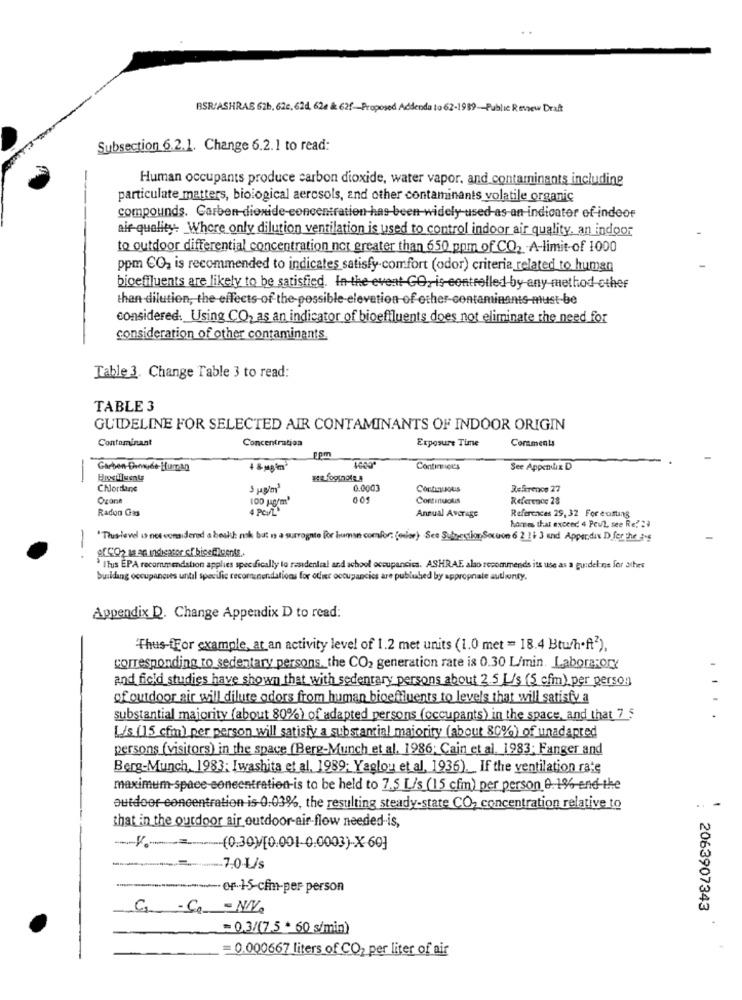
BSR/ASHRAE 62b. 62c, 62d, 62e & 62f-Proposed Addenda to 62-1989-Public Review Draft
Subsection 6.2.1. Change 6.2.1 to read:
-
Human occupants produce carbon dioxide, water vapor, and contaminants including
particulate matters, biological aerosols, and other contaminants volatile organic
compounds. Carbon dioxide-concentration has-been widely used-as-an indicator of indoor
air-quality. Where only dilution ventilation is used to control indoor air quality, an indoor
to outdoor differential concentration not greater than 650 ppm of CO2 -A-limit-of 1000
ppm CO2 is recommended to indicates satisfy-comfort (odor) criteria related to human
bioeffluents are likely to be satisfied. In-the event GO, is-controlled by any method ether
than dilution, the effects of the possible-elevation of other-contaminants-must be
considered. Using CO, as an indicator of bioeffluents does not eliminate the need for
consideration of other contaminants
Table 3. Change Table 3 to read:
TABLE 3
GUIDELINE FOR SELECTED AIR CONTAMINANTS OF INDOOR ORIGIN
Contaminant
Concentration
Exposure Time
Comments
ppm
Garben Donnée Human
Continous
See Appendix D
-
Chlordane
0.0003
Reference 27
Ogan
100 Jag'm'
005
Reference 28
Radon Gas
4 PeyL'
Annual Average
References 29, 32 For existing
hannes that exceed 4 Peut see Re? ??
"Thus-level 1 not considered a boukh nok but is a surrogate For human comfor: [olor) See Sulnestion Souon 6 2 11 3 and Apper.dix D. for the ass
..
"ITus EPA recommendation applies specifically lo residential and school occupancies. ASHRAE, also recommends its use as a guideline for atbes
building occupaneves until specific recordunendations for oder occupancies are publuhed by appropnale authority.
Appendix D. Change Appendix D to read:
Thus-fFor example, at an activity level of 1.2 met units (1.0 met = 18.4 Btufh-ft2),
corresponding to sedentary persons, the CO2 generation rate is 0.30 L/min. Laborarory
and field studies have shown that with sedentary persons about 2.5 L/s (5 cfm). per person
of outdoor air will dilute odors from human bioeffluents to levels that will satisfy a
substantial majority (about 80%) of adapted persons (occupants) in the space, and that 75
....
L/s (15 cfm) per person will satisfy a substantial majority (about 80%) of unadapted
persons (visitors) in the space (Berg-Munch et al. 1986; Cain et al. 1983; Fanger and
Berg-Munch, 1983; Iwashita et al. 1989; Yaglou et al, 1936). If the ventilation rate
maximum-space-concentration-is to be held to 7.5 L/s (15 cfm) per person 0.1% and the
-
outdoor concentration is-0.03%, the resulting steady-state CO, concentration relative to
that in the outdoor air outdoor-air-flow needed-is,
-V .-= (0:30)[0.001-0.0003)-X-60]
7,0 L/s
OF15-cfm-per person
G -Co - N/V.
: 2063907343
-
= 0.3/(7.5 * 60 s/min)
= 0.000667 liters of CO2 per liter of air